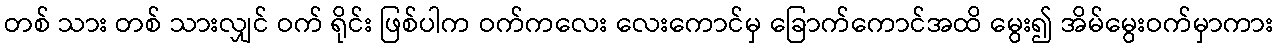
တစ် သား တစ် သားလျှင် ဝက် ရိုင်း ဖြစ်ပါက ဝက်ကလေး လေးကောင်မှ ခြောက်ကောင်အထိ မွေး၍ အိမ်မွေးဝက်မှာကား